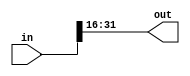
module concat32 (input[31:0] in,output [15:0] out);
	wire [15:0] temp;
	assign {out,temp}=in;
endmodule